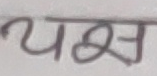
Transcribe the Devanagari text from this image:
यस